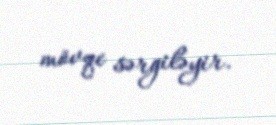
mövqe sərgiləyir.